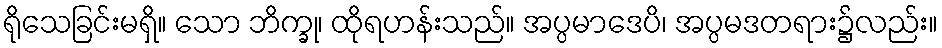
ရိုသေခြင်းမရှိ။ သော ဘိက္ခု၊ ထိုရဟန်းသည်။ အပ္ပမာဒေပိ၊ အပ္ပမဒတရား၌လည်း။